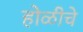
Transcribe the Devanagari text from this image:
होळीचे